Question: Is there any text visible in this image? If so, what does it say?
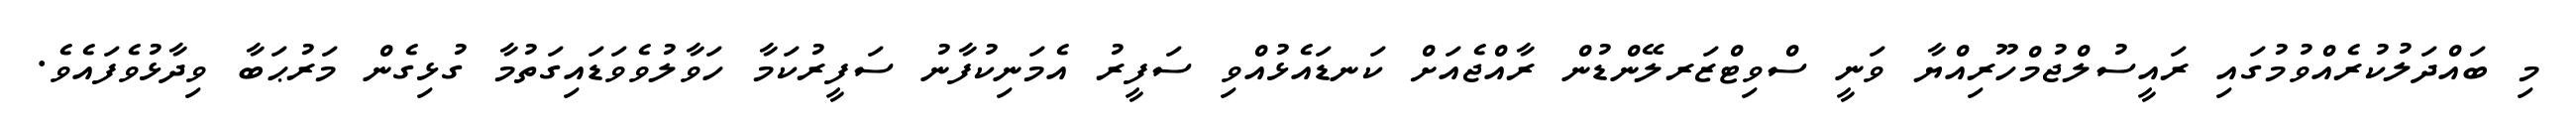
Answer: މި ބައްދަލުކުރެއްވުމުގައި ރައީސުލްޖުމްހޫރިއްޔާ ވަނީ ސްވިޓްޒަރލޭންޑުން ރާއްޖެއަށް ކަނޑައެޅުއްވި ސަފީރު އެމަނިކުފާނު ސަފީރުކަމާ ހަވާލުވެވަޑައިގަތުމާ ގުޅިގެން މަރުޙަބާ ވިދާޅުވެފައެވެ.